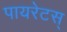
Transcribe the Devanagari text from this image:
पायरेटस्